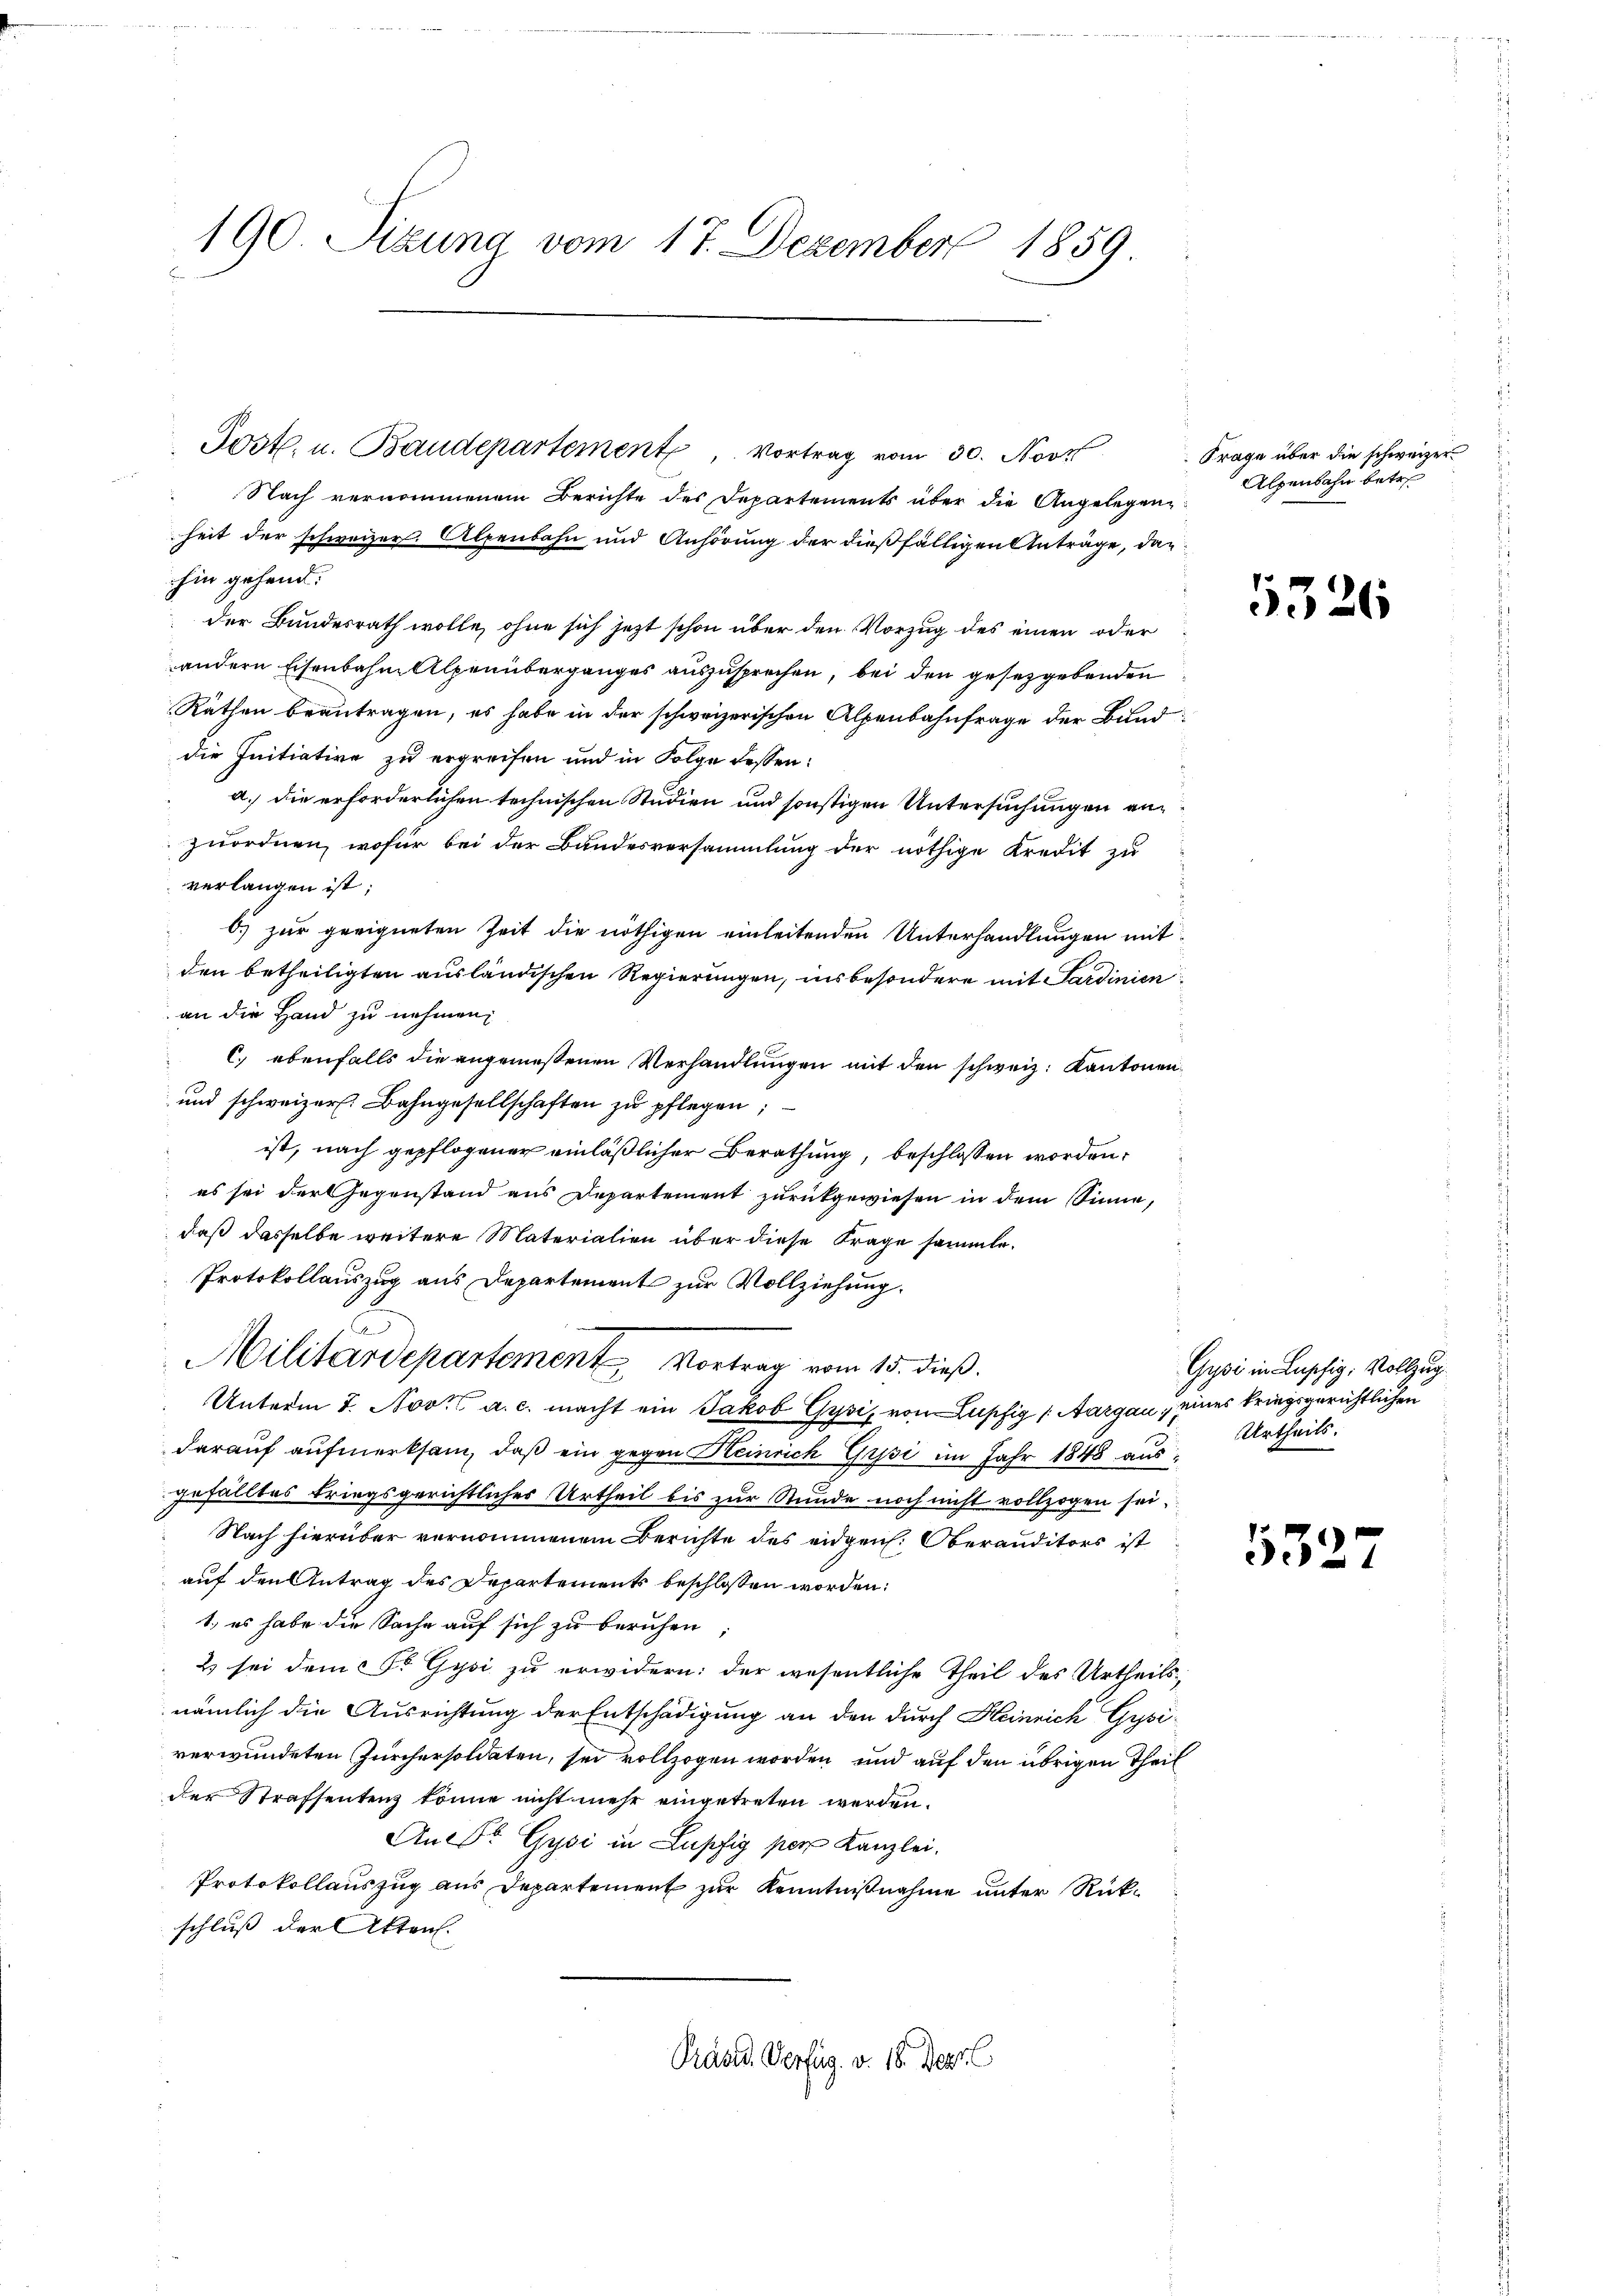
190 Sizung vom 17. Dezember 1859

Post. u. Baudepartement, Vortrag vom 30. Novit

Nach vernommenem Berichte des Departements über die Angelegen
heit der schweizer. Alpenbahn und Anhörung der dießfälligen Anträge, dahin gehend.
der Bundesrath wolle, ohne sich jetzt schon über den Vorzug des einen oder
andern Eisenbahn Alpenüberganges auszusprechen, bei den gesetzgebenden
Räthen beantragen, es habe in der schweizerischen Alpenbahnfrage der Bund
die Initiative zu ergreifen und in Folge dessen:
a.) die erforderlichen technischen Studien und sonstigen Untersuchungen an
zuordnen, wofür bei der Bandesversammlung der nöthige Kredit zu
verlangen ist;
b.) zur geeigneten Zeit die nöthigen einleitenden Unterhandlungen mit
den betheiligten ausländischen Regierungen, insbesondere mit Sardinien
an die Hand zu nehmen,
C. ebenfalls die angemeßenen Verhandlungen mit den schweiz. Kantonen
und schweizer. Bahngesellschaften zu pflegen;
ist, nach gepflogener einläßlicher Berathung, beschlossen worden,
es sei der Gegenstand aus Departement zurückgewiesen in dem Sinne,
daß dasselbe weitere Materialien über diese Frage sammte.
Protokollauszug aus Departement zur Vollziehung.
Militärdepartement Vortrag vom 15. dieß.
Unterm 7. Nov. a. c. macht ein Jakob Gysis von Lupfig (Aargau, eines kriegsgerichtlichen
darauf aufmerksam, daß ein gegen Heinrich Grysi im Jahr 1848 aus
gefälltes triegsgerichtliches Urtheil bis zur Stunde noch nicht vollzogen sei,
 Nach hierüber vernommenen Berichte des eidgen. Oberauditors ist
auf den Antrag des Departement beschlossen worden:
1. es habe die Sache auf sich zu beruhen,
2) sei dem St. Gysi zu erwidern: der wesentliche Theil des Urtheils-
nämlich die Ausrichtung der Entschädigung an den durch Heinrich Gysiverwundeten Zürchersoldaten, sei vollzogen worden und auf den übrigen Theider Strafsentenz könne nicht mehr eingetreten werden.
An St. Gysi in Lupfig per Kanzlei.
Protokollauszug aus Departement zur Kenntnißnahme unter Rückschluß der Akten.
Präses Verfüg. v. 18. Deprl

Frage über die schweizer
Alpenbahn betre

5326

Gysi in Luschig, Vollzug
Urtheils.

532.